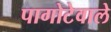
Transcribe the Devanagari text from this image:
पागोटेवाले